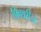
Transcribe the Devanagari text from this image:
फ़िशरीज